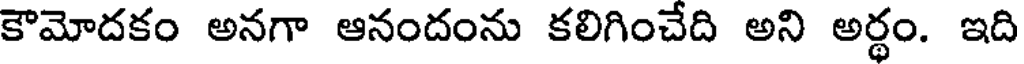
కౌమోదకం అనగా ఆనందంను కలిగించేది అని అర్థం. ఇది